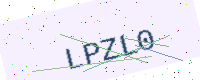
Text: LPZL0